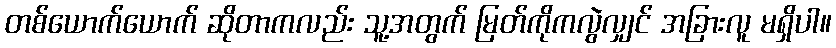
တစ်ယောက်ယောက် ဆိုတာကလည်း သူ့အတွက် မြတ်ကိုကလွဲလျှင် အခြားလူ မရှိပါ။